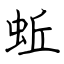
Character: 蚯